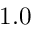
1 . 0